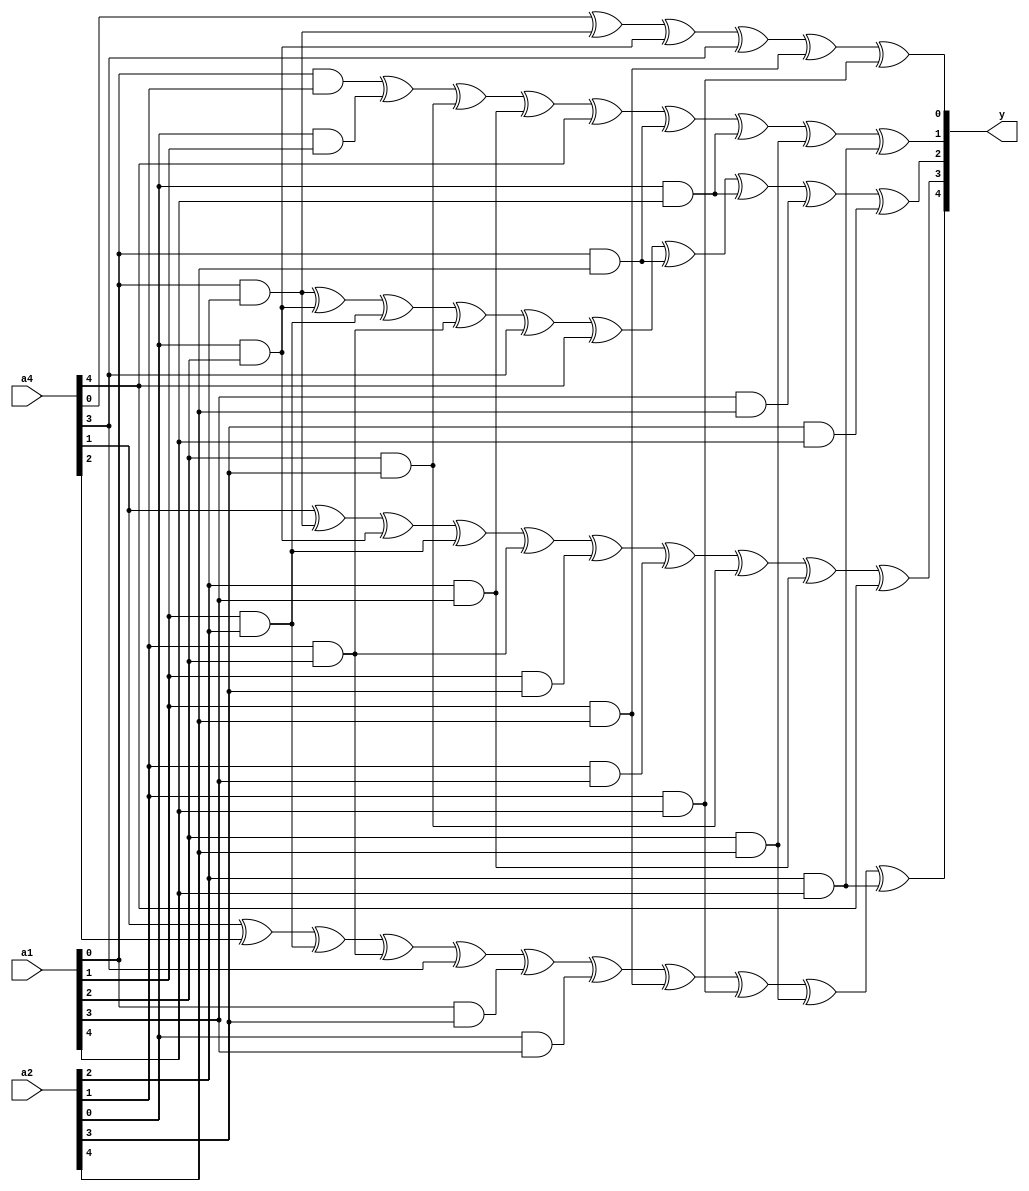
//  -----------------------------------------------------------------------------
//                     Design Information
//  -----------------------------------------------------------------------------
//
//
//        Description: 5-bit S-box, Third Share File.
//
//  -----------------------------------------------------------------------------

//S:1   0  25  26  17  29  21  27  20   5   4  23  14  18   2  28  15   8   6   3  13   7  24  16  30   9  31  10  22  12  11  19

 module sbox_3 ( a1, a2, a4, y); 

input [0:4] a1; 
input [0:4] a2; 
input [0:4] a4; 
output [0:4] y; 

 assign y={a4[3]^a4[2]^(a1[3]&a2[2])^(a2[3]&a1[2])^a4[1]^(a1[4]&a2[1])^(a2[4]&a1[1])^(a1[3]&a2[0])^(a2[3]&a1[0])^(a1[2]&a2[0])^(a2[2]&a1[0]),a4[3]^(a1[4]&a2[2])^(a2[4]&a1[2])^(a1[3]&a2[2])^(a2[3]&a1[2])^(a1[3]&a2[1])^(a2[3]&a1[1])^(a1[2]&a2[1])^(a2[2]&a1[1])^a4[0],(a1[4]&a2[2])^(a2[4]&a1[2])^(a1[3]&a2[2])^(a2[3]&a1[2])^a4[1]^a4[0]^(a1[4]&a2[0])^(a2[4]&a1[0])^(a1[1]&a2[0])^(a2[1]&a1[0]),(a1[4]&a2[3])^(a2[4]&a1[3])^(a1[2]&a2[1])^(a2[2]&a1[1])^a4[0]^(a1[4]&a2[0])^(a2[4]&a1[0])^(a1[2]&a2[0])^(a2[2]&a1[0]),a4[4]^(a1[4]&a2[2])^(a2[4]&a1[2])^a4[1]^(a1[3]&a2[0])^(a2[3]&a1[0])}; 

 endmodule